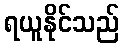
ရယူနိုင်သည်